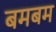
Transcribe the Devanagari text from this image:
बमबम